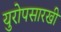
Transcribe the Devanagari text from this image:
युरोपसारखी